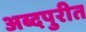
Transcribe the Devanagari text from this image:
अब्दपुरीत